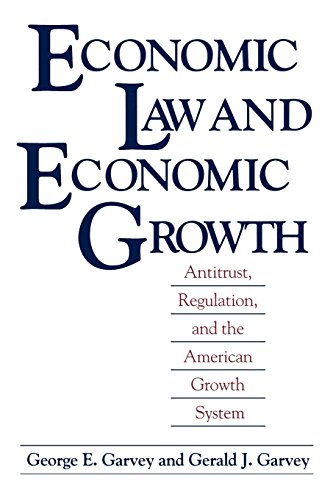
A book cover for Economic Law and Economic Growth; George E. Garvey; Law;